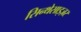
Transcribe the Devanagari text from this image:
सिन्थेसाइज़र